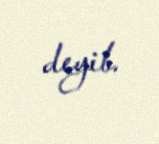
deyib.